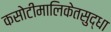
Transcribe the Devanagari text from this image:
कसोटीमालिकेतसुद्धा